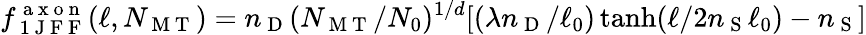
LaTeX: f_{\mathrm{~1~J~F~F~}}^{\mathrm{~a~x~o~n~}}(\ell,N_{\mathrm{~M~T~}})=n_{\mathrm{~D~}}(N_{\mathrm{~M~T~}}/N_{0})^{1/d}[(\lambda n_{\mathrm{~D~}}/\ell_{0})\operatorname{tanh}(\ell/2n_{\mathrm{~S~}}\ell_{0})-n_{\mathrm{~S~}}]